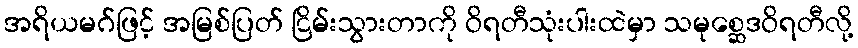
အရိယမဂ်ဖြင့် အမြစ်ပြတ် ငြိမ်းသွားတာကို ဝိရတီသုံးပါးထဲမှာ သမုစ္ဆေဒဝိရတီလို့